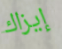
إيزاك